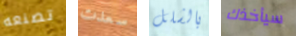
تصنعه سعدت بالشلل سيأخذك